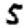
Digit: 5